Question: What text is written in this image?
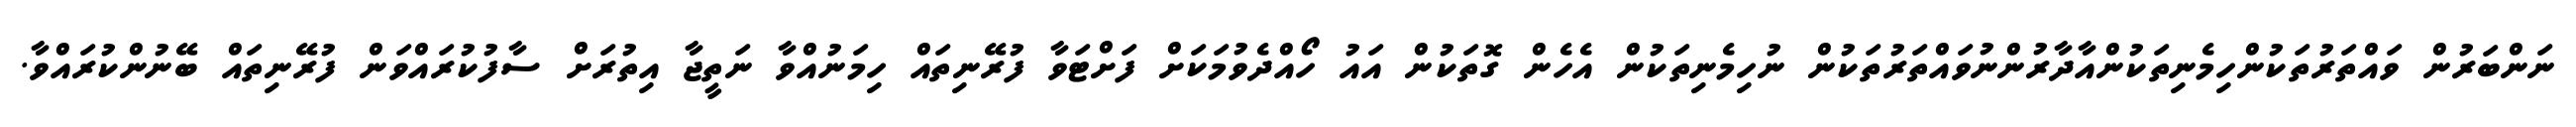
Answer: ނަންބަރުން ވައްތަރުތަކުންހިމެނިތަކުންއާދާރުންނުވައްތަރުތަކުން ނުހިމެނިތަކުން އެހެން ގޮތަކުން އައު ހޯއްދެވުމަކަށް ފަށްޓަވާ ފުރޭނިތައް ހިމަނުއްވާ ނަތީޖާ އިތުރަށް ސާފުކުރައްވަން ފުރޭނިތައް ބޭނުންކުރައްވާ.